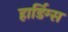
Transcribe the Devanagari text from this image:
हार्डिग्स